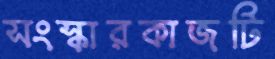
সংস্কারকাজটি